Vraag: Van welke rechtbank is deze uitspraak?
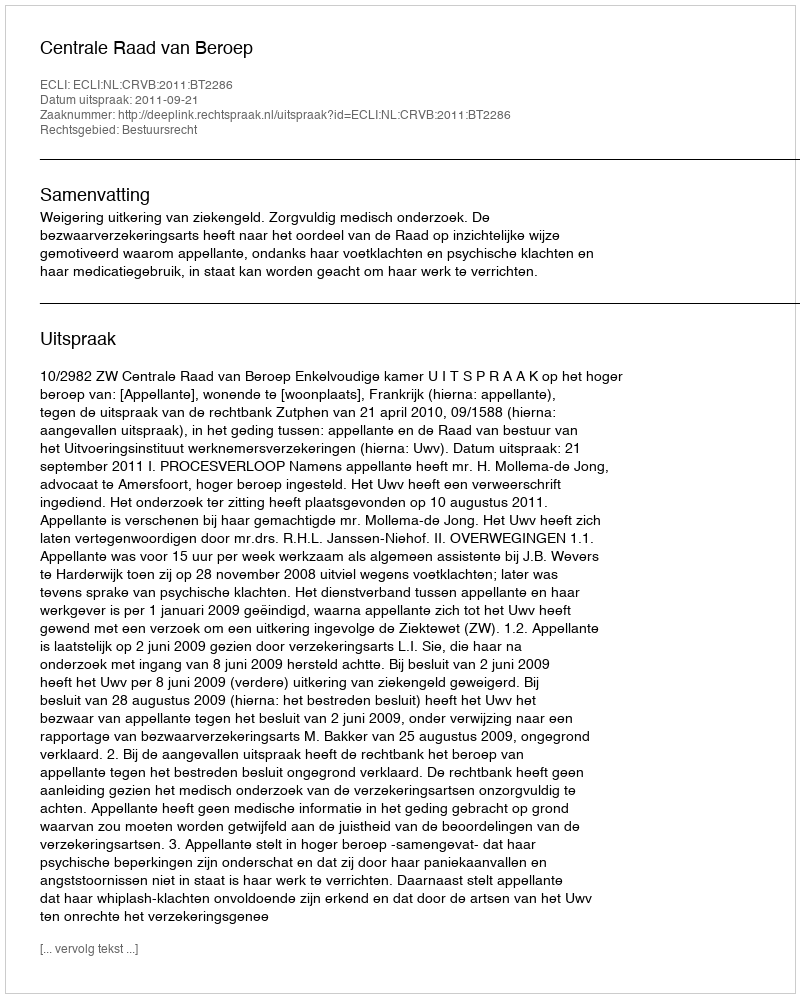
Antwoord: Centrale Raad van Beroep